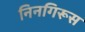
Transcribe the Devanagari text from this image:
निनगिरूस